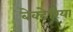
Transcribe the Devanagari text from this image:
बेक्टेरिया